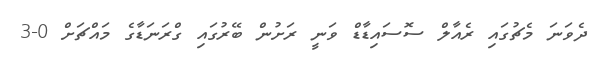
ދެވަނަ މެޗުގައި ރެއާލް ސޮސައިޑާޑް ވަނީ ރަށުން ބޭރުގައި ގްރަނަޑާގެ މައްޗަށް 0-3